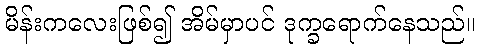
မိန်းကလေးဖြစ်၍ အိမ်မှာပင် ဒုက္ခရောက်နေသည်။